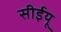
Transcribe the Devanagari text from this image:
सीईयू